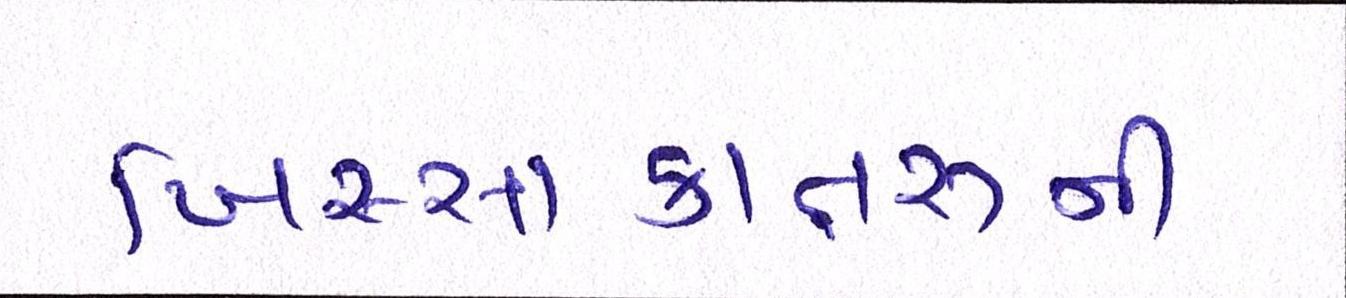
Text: ખિસ્સાકાતરુની